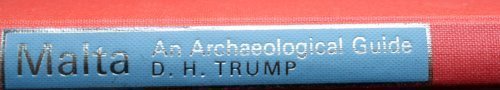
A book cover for Malta: An Archaeological Guide (Archaeological guides); D.H. Trump; Travel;